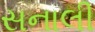
સનાલી